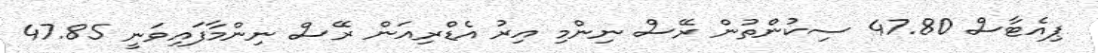
ޕިއެޓާސް 47.80 ސިކުންތުން ރޭސް ނިންމި އިރު އެޑްރިއަން ރޭސް ނިންމާފައިވަނީ 47.85